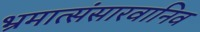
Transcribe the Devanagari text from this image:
भ्रमात्संसारवानिव